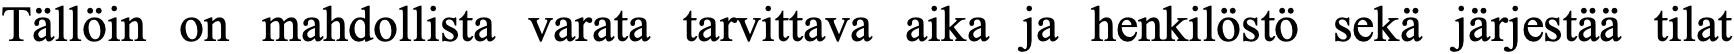
Tällöin on mahdollista varata tarvittava aika ja henkilöstö sekä järjestää tilat